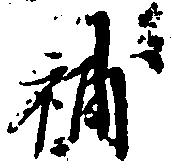
補